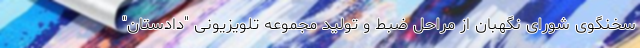
سخنگوی شورای نگهبان از مراحل ضبط و تولید مجموعه تلویزیونی "دادستان"